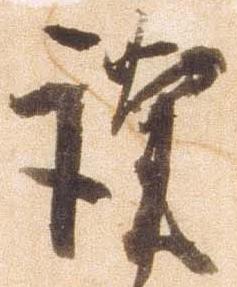
謹